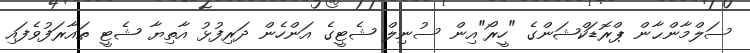
ސަލްމާންޙާން ޕްރޮޑަކްޝަންގެ "ހީރޯ"އިން ސުނިލް ޝެޓީގެ އަންހެން ދަރިފުޅު އާތިޔާ ޝެޓީ ތައާރަފުވެފައި